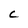
Character: C